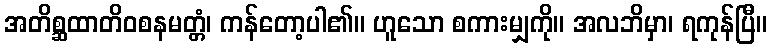
အတိစ္ဆထာတိဝစနမတ္တံ၊ ကန်တော့ပါ၏။ ဟူသော စကားမျှကို။ အလဘိမှာ၊ ရကုန်ပြီ။